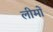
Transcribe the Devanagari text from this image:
लीमों